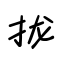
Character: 拢